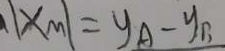
\vert x _ { m \vert } \vert = y _ { A } - y _ { B }